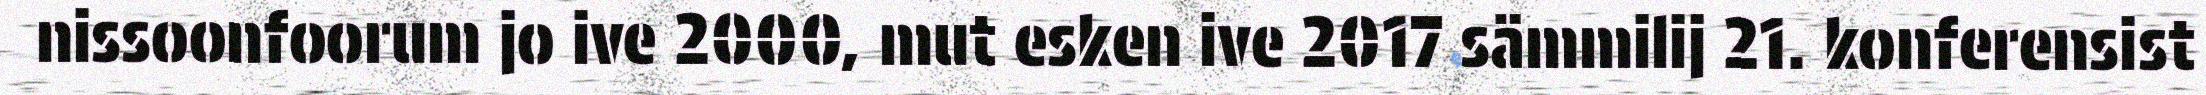
nissoonfoorum jo ive 2000, mut esken ive 2017 sämmilij 21. konferensist